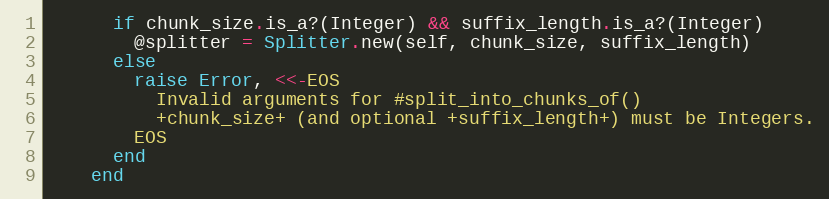
Language: Ruby
      if chunk_size.is_a?(Integer) && suffix_length.is_a?(Integer)
        @splitter = Splitter.new(self, chunk_size, suffix_length)
      else
        raise Error, <<-EOS
          Invalid arguments for #split_into_chunks_of()
          +chunk_size+ (and optional +suffix_length+) must be Integers.
        EOS
      end
    end